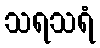
သရသရံ